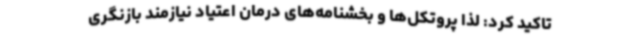
تاکید کرد: لذا پروتکل‌ها و بخشنامه‌های درمان اعتیاد نیازمند بازنگری